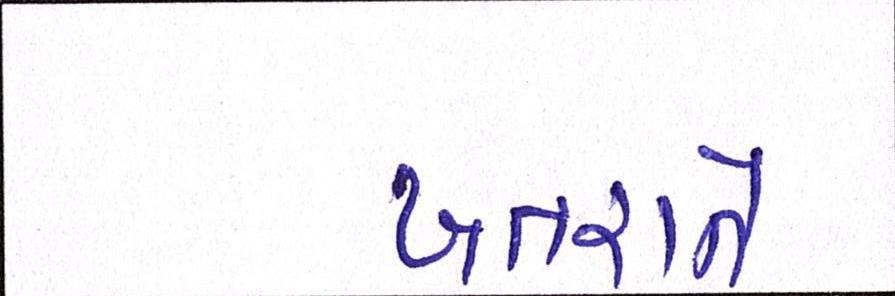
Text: ખતરાને